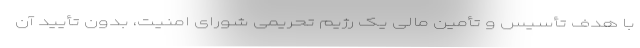
با هدف تأسیس و تأمین مالی یک رژیم تحریمی شورای امنیت، بدون تأیید آن